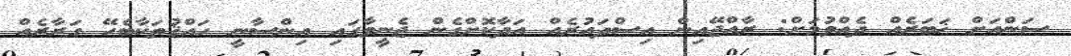
ސަންއަށް ޚަބަރެއް ދެއްވުމަށް: ރާއްޖޭއިން އިސްދައުރެއް އަދާކޮށްގެން ޖެނީވާގައި އިންސާނީ ހައްޤުތަކާބެހޭ ގަރާރެއް